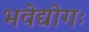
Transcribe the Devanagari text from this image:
भवेद्योगः